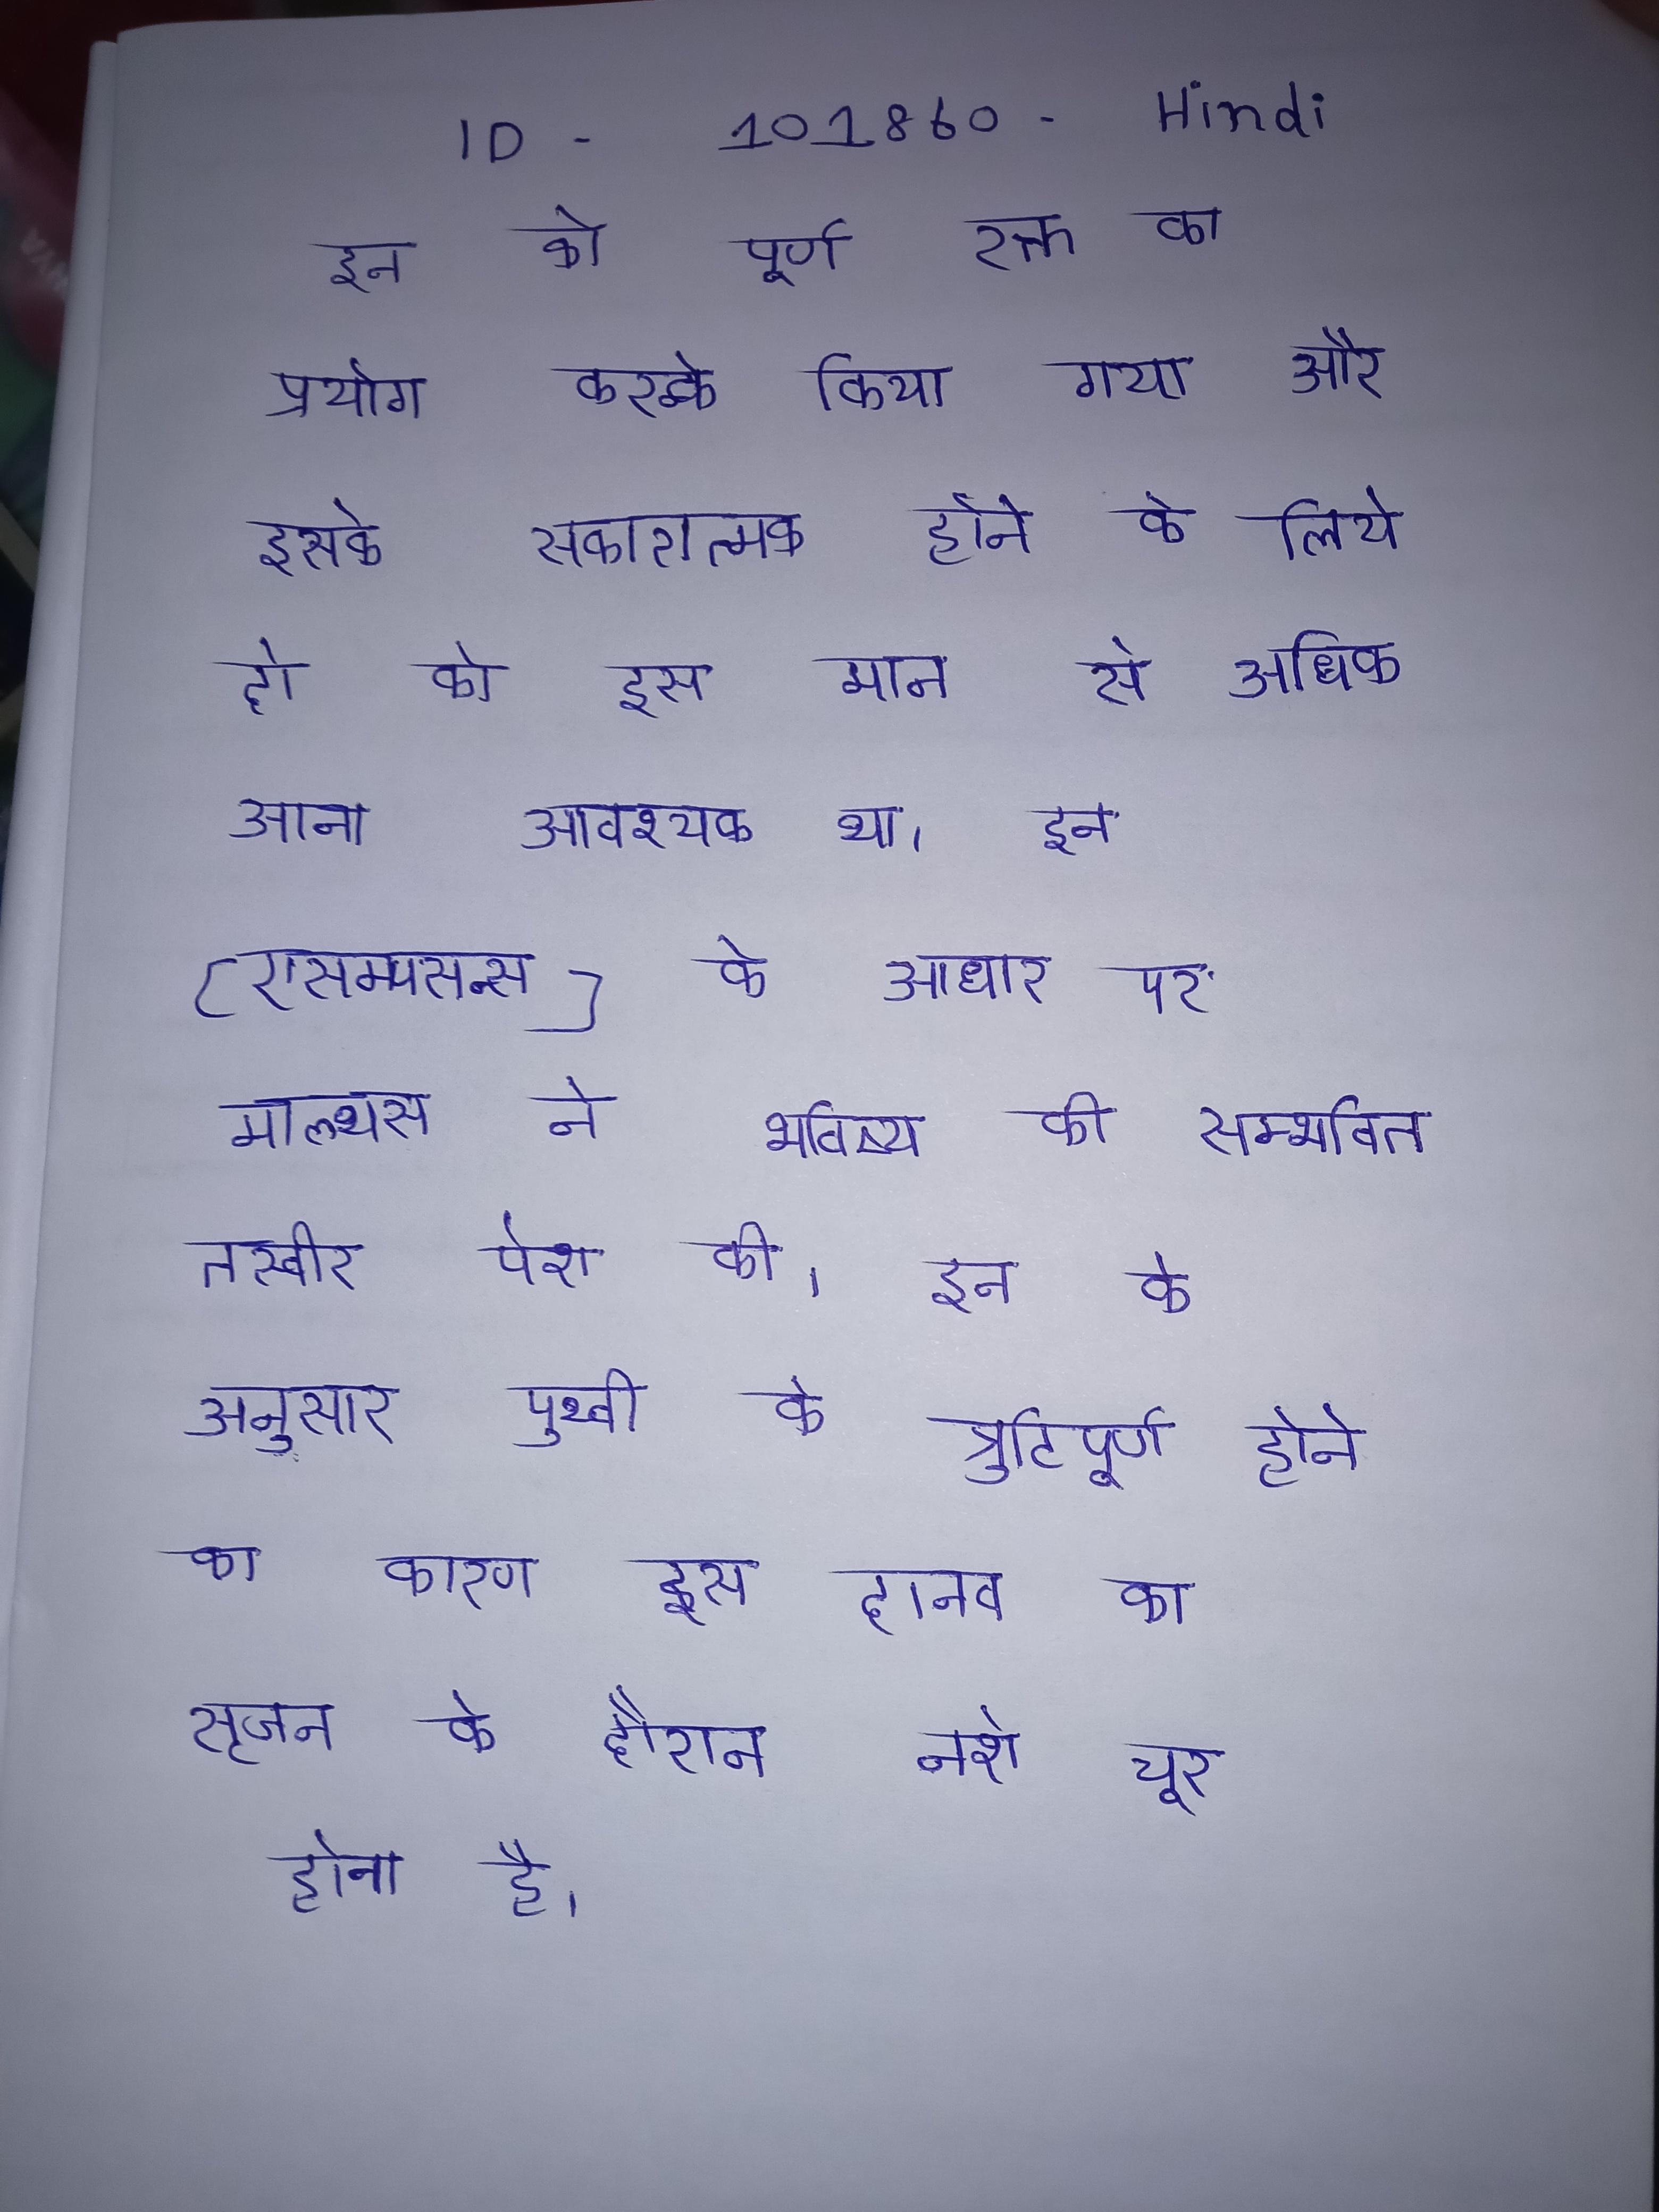
इन को पूर्ण रक्त का प्रयोग करके किया गया और इसके सकारात्मक होने के लिये दो को इस मान से अधिक आना आवश्यक था । इन (एसम्प्सन्स) के आधार पर माल्थस ने भविष्य की सम्भावित तस्वीर पेश की । इन के अनुसार पृथ्वी के त्रुटिपूर्ण होने का कारण इस दानव का सृजन के दौरान नशे चूर होना है ।